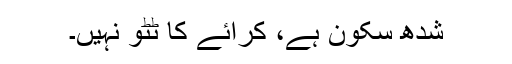
شدھ سکون ہے، کرائے کا ٹٹو نہیں۔